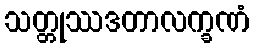
သတ္တုဿဒတာလက္ခဏံ